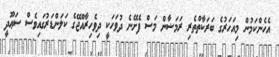
އެހެންކަމުން މިއަހަރުގެ ބަރަކާތްތެރި ރަމަޟާން މަސް ފެށޭނެ ދުވަހަކީ ދިވެހިރާއްޖޭގެ ކަލަންޑަރުގައިވެސް ސަޢޫދީ